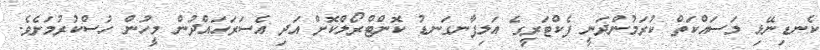
ކެނޑިނޭޅި މަސައްކަތް ކުރަމުންދަނީ ފެކްޓަރީގެ އަލިފާނގަނޑު ކޮންޓްރޯލްކޮށް އަދި އެސަރަހައްދުން މީހުން ހުސްކުރުމަށެވެ.